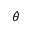
\dot { \theta }